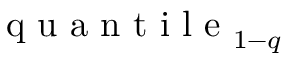
\mathrm { ~ q ~ u ~ a ~ n ~ t ~ i ~ l ~ e ~ } _ { 1 - q }